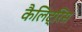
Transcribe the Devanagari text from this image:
कैलिट्रिस